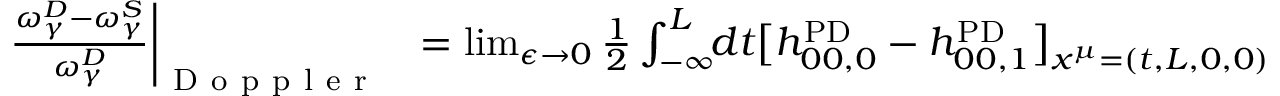
\begin{array} { r l } { \frac { \omega _ { \gamma } ^ { D } - \omega _ { \gamma } ^ { S } } { \omega _ { \gamma } ^ { D } } \bigg | _ { \mathrm { ~ D ~ o ~ p ~ p ~ l ~ e ~ r ~ } } \! \! } & { { } = \operatorname* { l i m } _ { \epsilon \to 0 } \frac { 1 } { 2 } \int _ { - \infty } ^ { L } \! \! d t \big [ h _ { 0 0 , 0 } ^ { \mathrm { P D } } - h _ { 0 0 , 1 } ^ { \mathrm { P D } } \big ] _ { x ^ { \mu } = ( t , L , 0 , 0 ) } } \end{array}